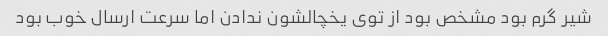
شیر گرم بود مشخص بود از توی یخچالشون ندادن اما سرعت ارسال خوب بود